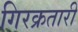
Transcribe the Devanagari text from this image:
गिरक्रतारी